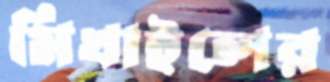
মিখাইলের